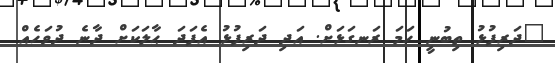
"ދަރިފުޅު ތިބުނީ ހަމަ ރަނގަޅަށް. އަދި ދަރިފުޅު އެފަދަ ޙާލަކަށް ދާނެ ދުވަހެއް